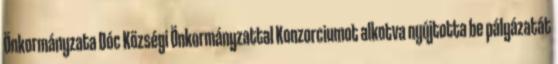
Önkormányzata Dóc Községi Önkormányzattal Konzorciumot alkotva nyújtotta be pályázatát